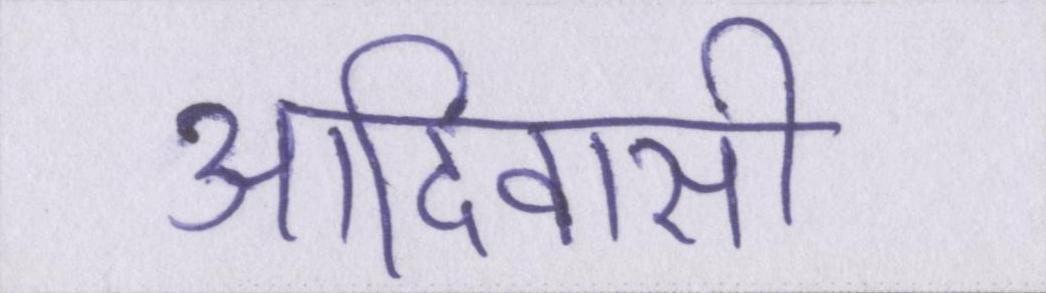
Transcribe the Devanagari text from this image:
आदिवासी